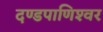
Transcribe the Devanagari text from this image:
दण्‍डपाणिश्‍वर